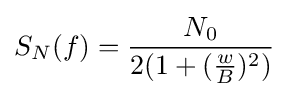
S_{N}(f)={\frac {N_{0}}{2(1+({\frac {w}{B}})^{2})}}